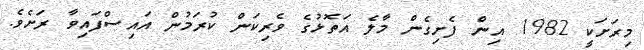
މިރަށަކީ 1982 އިން ފެށިގެން މާލެ އަތޮޅުގެ ވެރިކަން ކުރަމުން އައިސްފައިވާ ރަށެވެ.